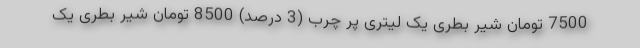
7500 تومان شیر بطری یک لیتری پر چرب (3 درصد) 8500 تومان شیر بطری یک